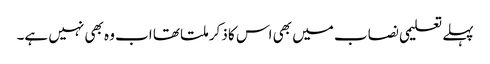
پہلے تعلیمی نصاب میں بھی اس کا ذکر ملتا تھا اب وہ بھی نہیں ہے۔